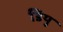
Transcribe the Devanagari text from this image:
डियु